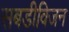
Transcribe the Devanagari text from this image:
सबडीविजन